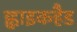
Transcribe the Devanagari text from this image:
ह्वाइकहैड